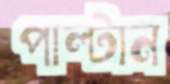
পাল্টান